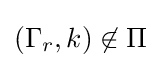
(\Gamma _{r},k)\not \in \Pi